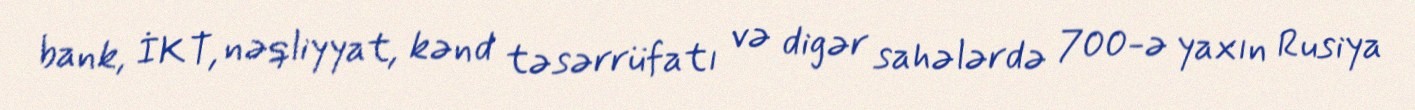
bank, İKT, nəqliyyat, kənd təsərrüfatı və digər sahələrdə 700-ə yaxın Rusiya